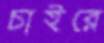
চাইরে